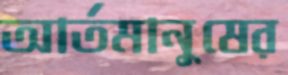
আর্তমানুষের